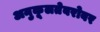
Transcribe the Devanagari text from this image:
अनुकूलतेबरोबर